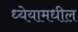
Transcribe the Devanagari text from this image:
ध्येयामधील